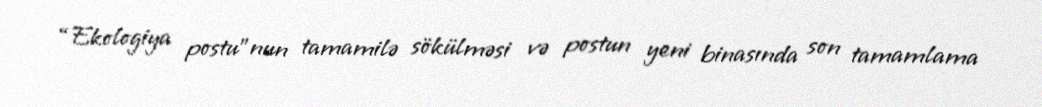
“Ekologiya postu”nun tamamilə sökülməsi və postun yeni binasında son tamamlama